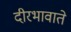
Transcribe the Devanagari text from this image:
दीरभावाते